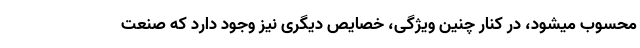
محسوب میشود، در کنار چنین ویژگی، خصایص دیگری نیز وجود دارد که صنعت